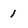
Character: 1